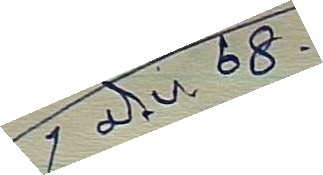
1  มิ.ย. 68